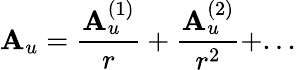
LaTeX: \mathbf{A}_{u}=\frac{{\mathbf{A}_{u}^{(1)}}}{{r}}+\frac{{\mathbf{A}_{u}^{(2)}}}{{r^{2}}}+...